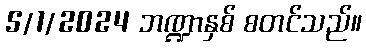
5/1/2024 ဘဏ္ဍာနှစ် စတင်သည်။